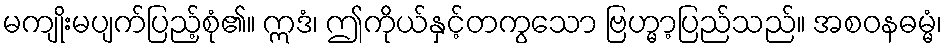
မကျိုးမပျက်ပြည့်စုံ၏။ ဣဒံ၊ ဤကိုယ်နှင့်တကွသော ဗြဟ္မာ့ပြည်သည်။ အစဝနဓမ္မံ၊